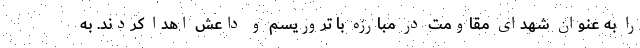
را به عنوان شهدای مقاومت در مبارزه با تروریسم و داعش اهدا کردند. به